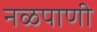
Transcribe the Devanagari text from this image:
नळपाणी